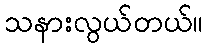
သနားလွယ်တယ်။